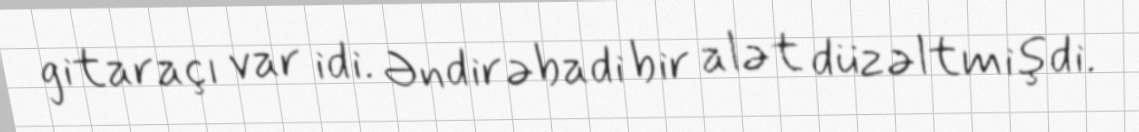
gitaraçı var idi. Əndirəbadi bir alət düzəltmişdi.